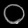
Digit: ၀